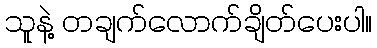
သူနဲ့ တချက်လောက်ချိတ်ပေးပါ။